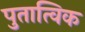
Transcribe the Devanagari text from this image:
पुतात्विक